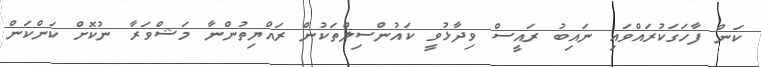
ކަން ފާހަގަކުރައްވައި ނައިބު ރައީސް ވިދާޅުވީ ކައުންސިލްތަކުން ރައްޔިތުންނާ މަޝްވަރާ ނުކޮށް ކަންކަން